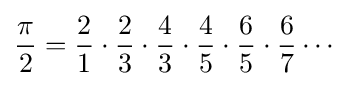
{\frac {\pi }{2}}={\frac {2}{1}}\cdot {\frac {2}{3}}\cdot {\frac {4}{3}}\cdot {\frac {4}{5}}\cdot {\frac {6}{5}}\cdot {\frac {6}{7}}\cdots